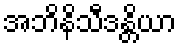
အဘိနိသီဒန္တိယာ